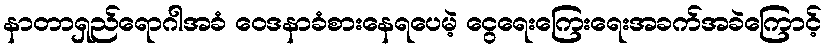
နာတာရှည်ရောဂါအခံ ဝေဒနာခံစားနေရပေမဲ့ ငွေရေးကြေးရေးအခက်အခဲကြောင့်